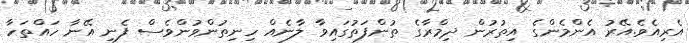
އެރިއެވެ.އޭރު އެންމެންގެ އިތުރުން ދިމްރާގެ ތުންފަތުގައިވާ ލާނެއް ހިނިތުންވުންވެސް ފެނި އޭނާ ހައްތަހާ